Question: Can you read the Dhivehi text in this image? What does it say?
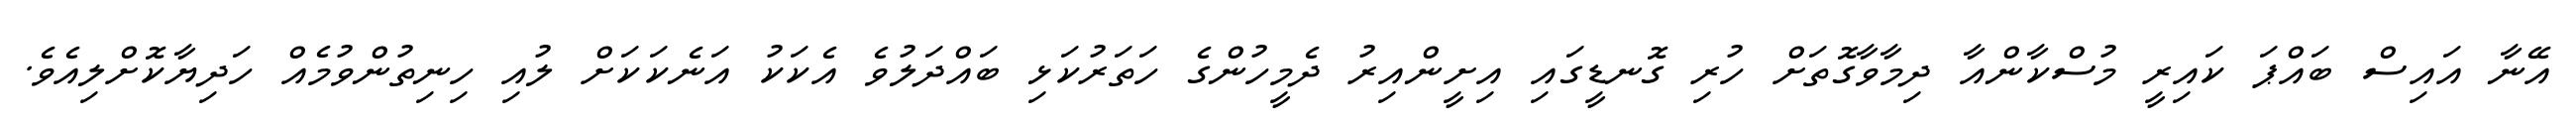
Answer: އޭނާ އައިސް ބައްޕަ ކައިރީ މުސްކާންއާ ދިމާވާގޮތަށް ހުރި ގޮނޑީގައި އިށީންއިރު ދެމީހުންގެ ހަތަރުކަޅި ބައްދަލުވެ އެކަކު އަނެކަކަށް ލުއި ހިނިތުންވުމެއް ހަދިޔާކޮށްލިއެވެ.